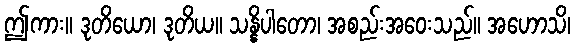
ဤကား။ ဒုတိယော၊ ဒုတိယ။ သန္နိပါတော၊ အစည်းအဝေးသည်။ အဟောသိ၊